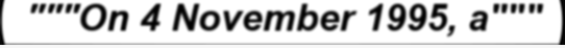
"""On 4 November 1995, a"""